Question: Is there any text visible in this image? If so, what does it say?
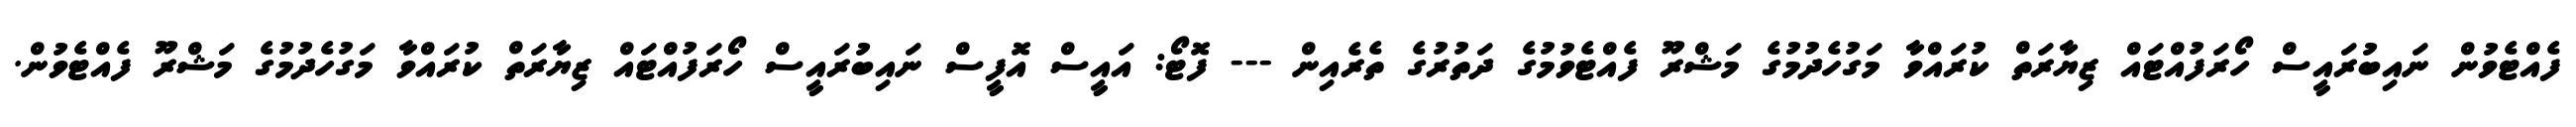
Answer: ފެއްޓެވުން ނައިބުރައީސް ހޯރަފުއްޓައް ޒިޔާރަތް ކުރައްވާ މަގުހެދުމުގެ މަޝްރޫ ފެއްޓެވުމުގެ ދަތުރުގެ ތެރެއިން --- ފޮޓޯ: އައީސް އޮފީސް ނައިބުރައީސް ހޯރަފުއްޓައް ޒިޔާރަތް ކުރައްވާ މަގުހެދުމުގެ މަޝްރޫ ފެއްޓެވުން.